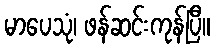
မာပေသုံ၊ ဖန်ဆင်းကုန်ပြီ။